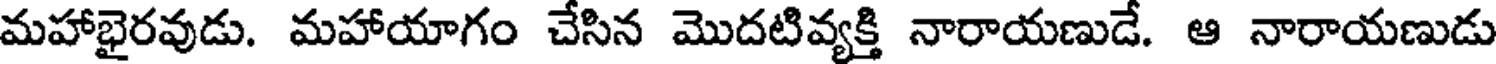
మహాభైరవుడు. మహాయాగం చేసిన మొదటివ్యక్తి నారాయణుడే. ఆ నారాయణుడు